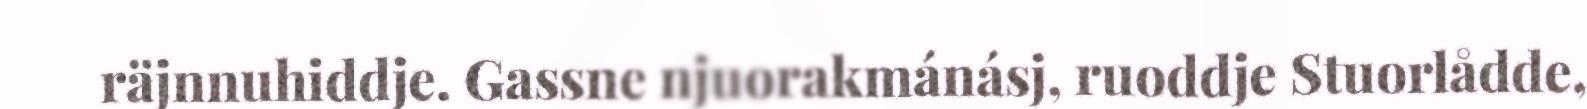
räjnnuhiddje. Gassne njuorakmánásj, ruoddje Stuorlådde,